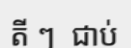
តី ៗ  ជាប់